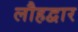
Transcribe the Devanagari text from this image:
लौहद्वार